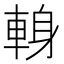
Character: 𨌈